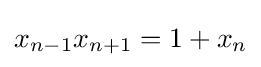
\displaystyle x_{n-1}x_{n+1}=1+x_{n}